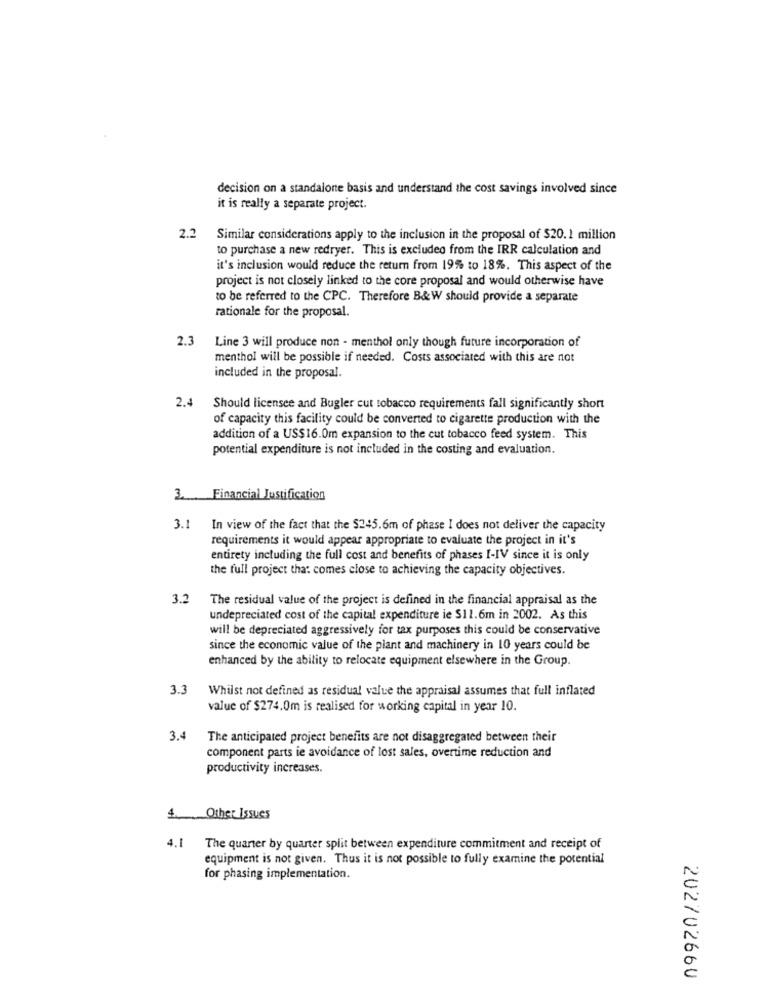
decision on a standalone basis and understand the cost savings involved since
it is really a separate project.
2.2
Similar considerations apply to the inclusion in the proposal of $20.1 million
to purchase a new redryer. This is excluded from the IRR calculation and
it's inclusion would reduce the return from 19% to 18%. This aspect of the
project is not closely linked to the core proposal and would otherwise have
to be referred to the CPC. Therefore B&W should provide a separate
rationale for the proposal.
2.3
Line 3 will produce non - menthol only though future incorporation of
menthol will be possible if needed. Costs associated with this are not
included in the proposal.
2.4
Should licensee and Bugler cut tobacco requirements fall significantly short
of capacity this facility could be converted to cigarette production with the
addition of a US$16.0m expansion to the cut tobacco feed system. This
potential expenditure is not included in the costing and evaluation.
3. Financial Justification
3.1 In view of the fact that the $245.6m of phase I does not deliver the capacity
requirements it would appear appropriate to evaluate the project in it's
entirety including the full cost and benefits of phases I-IV since it is only
the full project that comes close to achieving the capacity objectives.
3.2
The residual value of the project is defined in the financial appraisal as the
undepreciated cost of the capital expenditure ie $11.6m in 2002. As this
will be depreciated aggressively for tax purposes this could be conservative
since the economic value of the plant and machinery in 10 years could be
enhanced by the ability to relocate equipment elsewhere in the Group.
3.3
Whilst not defined as residual value the appraisal assumes that full inflated
value of $274.0m is realised for working capital in year 10.
3.4
The anticipated project benefits are not disaggregated between their
component parts ie avoidance of lost sales, overtime reduction and
productivity increases.
4. Other Issues
4.1
The quarter by quarter split between expenditure commitment and receipt of
equipment is not given. Thus it is not possible to fully examine the potential
for phasing implementation.
202702660